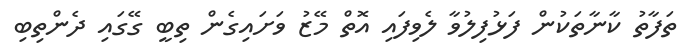
ތަފާތު ކާނާތަކުން ފަޅުފިލުވާ ލެވިފައި އޮތް މޭޒު ވަށައިގެން ތިބީ ގޭގައި ދެންތިބި